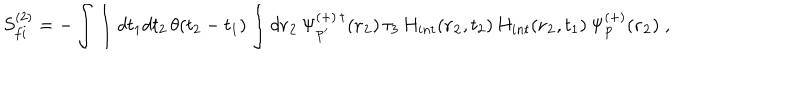
LaTeX: S _ { f i } ^ { ( 2 ) } = - \int \int d t _ { 1 } d t _ { 2 } \, \theta ( t _ { 2 } - t _ { 1 } ) \int d { \bf r _ { 2 } } \, \Psi _ { { \bf p ^ { \prime } } } ^ { ( + ) \, \dagger } ( { \bf r _ { 2 } } ) \, \tau _ { 3 } \, H _ { i n t } ( { \bf r _ { 2 } } , t _ { 2 } ) \, H _ { i n t } ( { \bf r _ { 2 } } , t _ { 1 } ) \, \Psi _ { { \bf p } } ^ { ( + ) } ( { \bf r _ { 2 } } ) \; ,